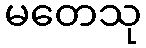
မတေသု